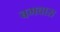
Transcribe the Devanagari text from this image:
बगवास